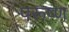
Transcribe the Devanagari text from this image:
परूष्ण